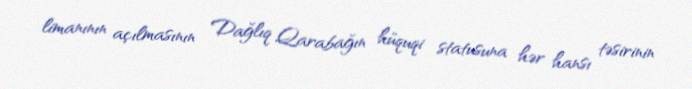
limanının açılmasının Dağlıq Qarabağın hüquqi statusuna hər hansı təsirinin